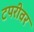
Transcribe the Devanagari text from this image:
टपरीवर